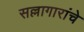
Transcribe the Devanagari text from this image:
सल्लागारांचे